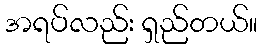
အရပ်လည်း ရှည်တယ်။